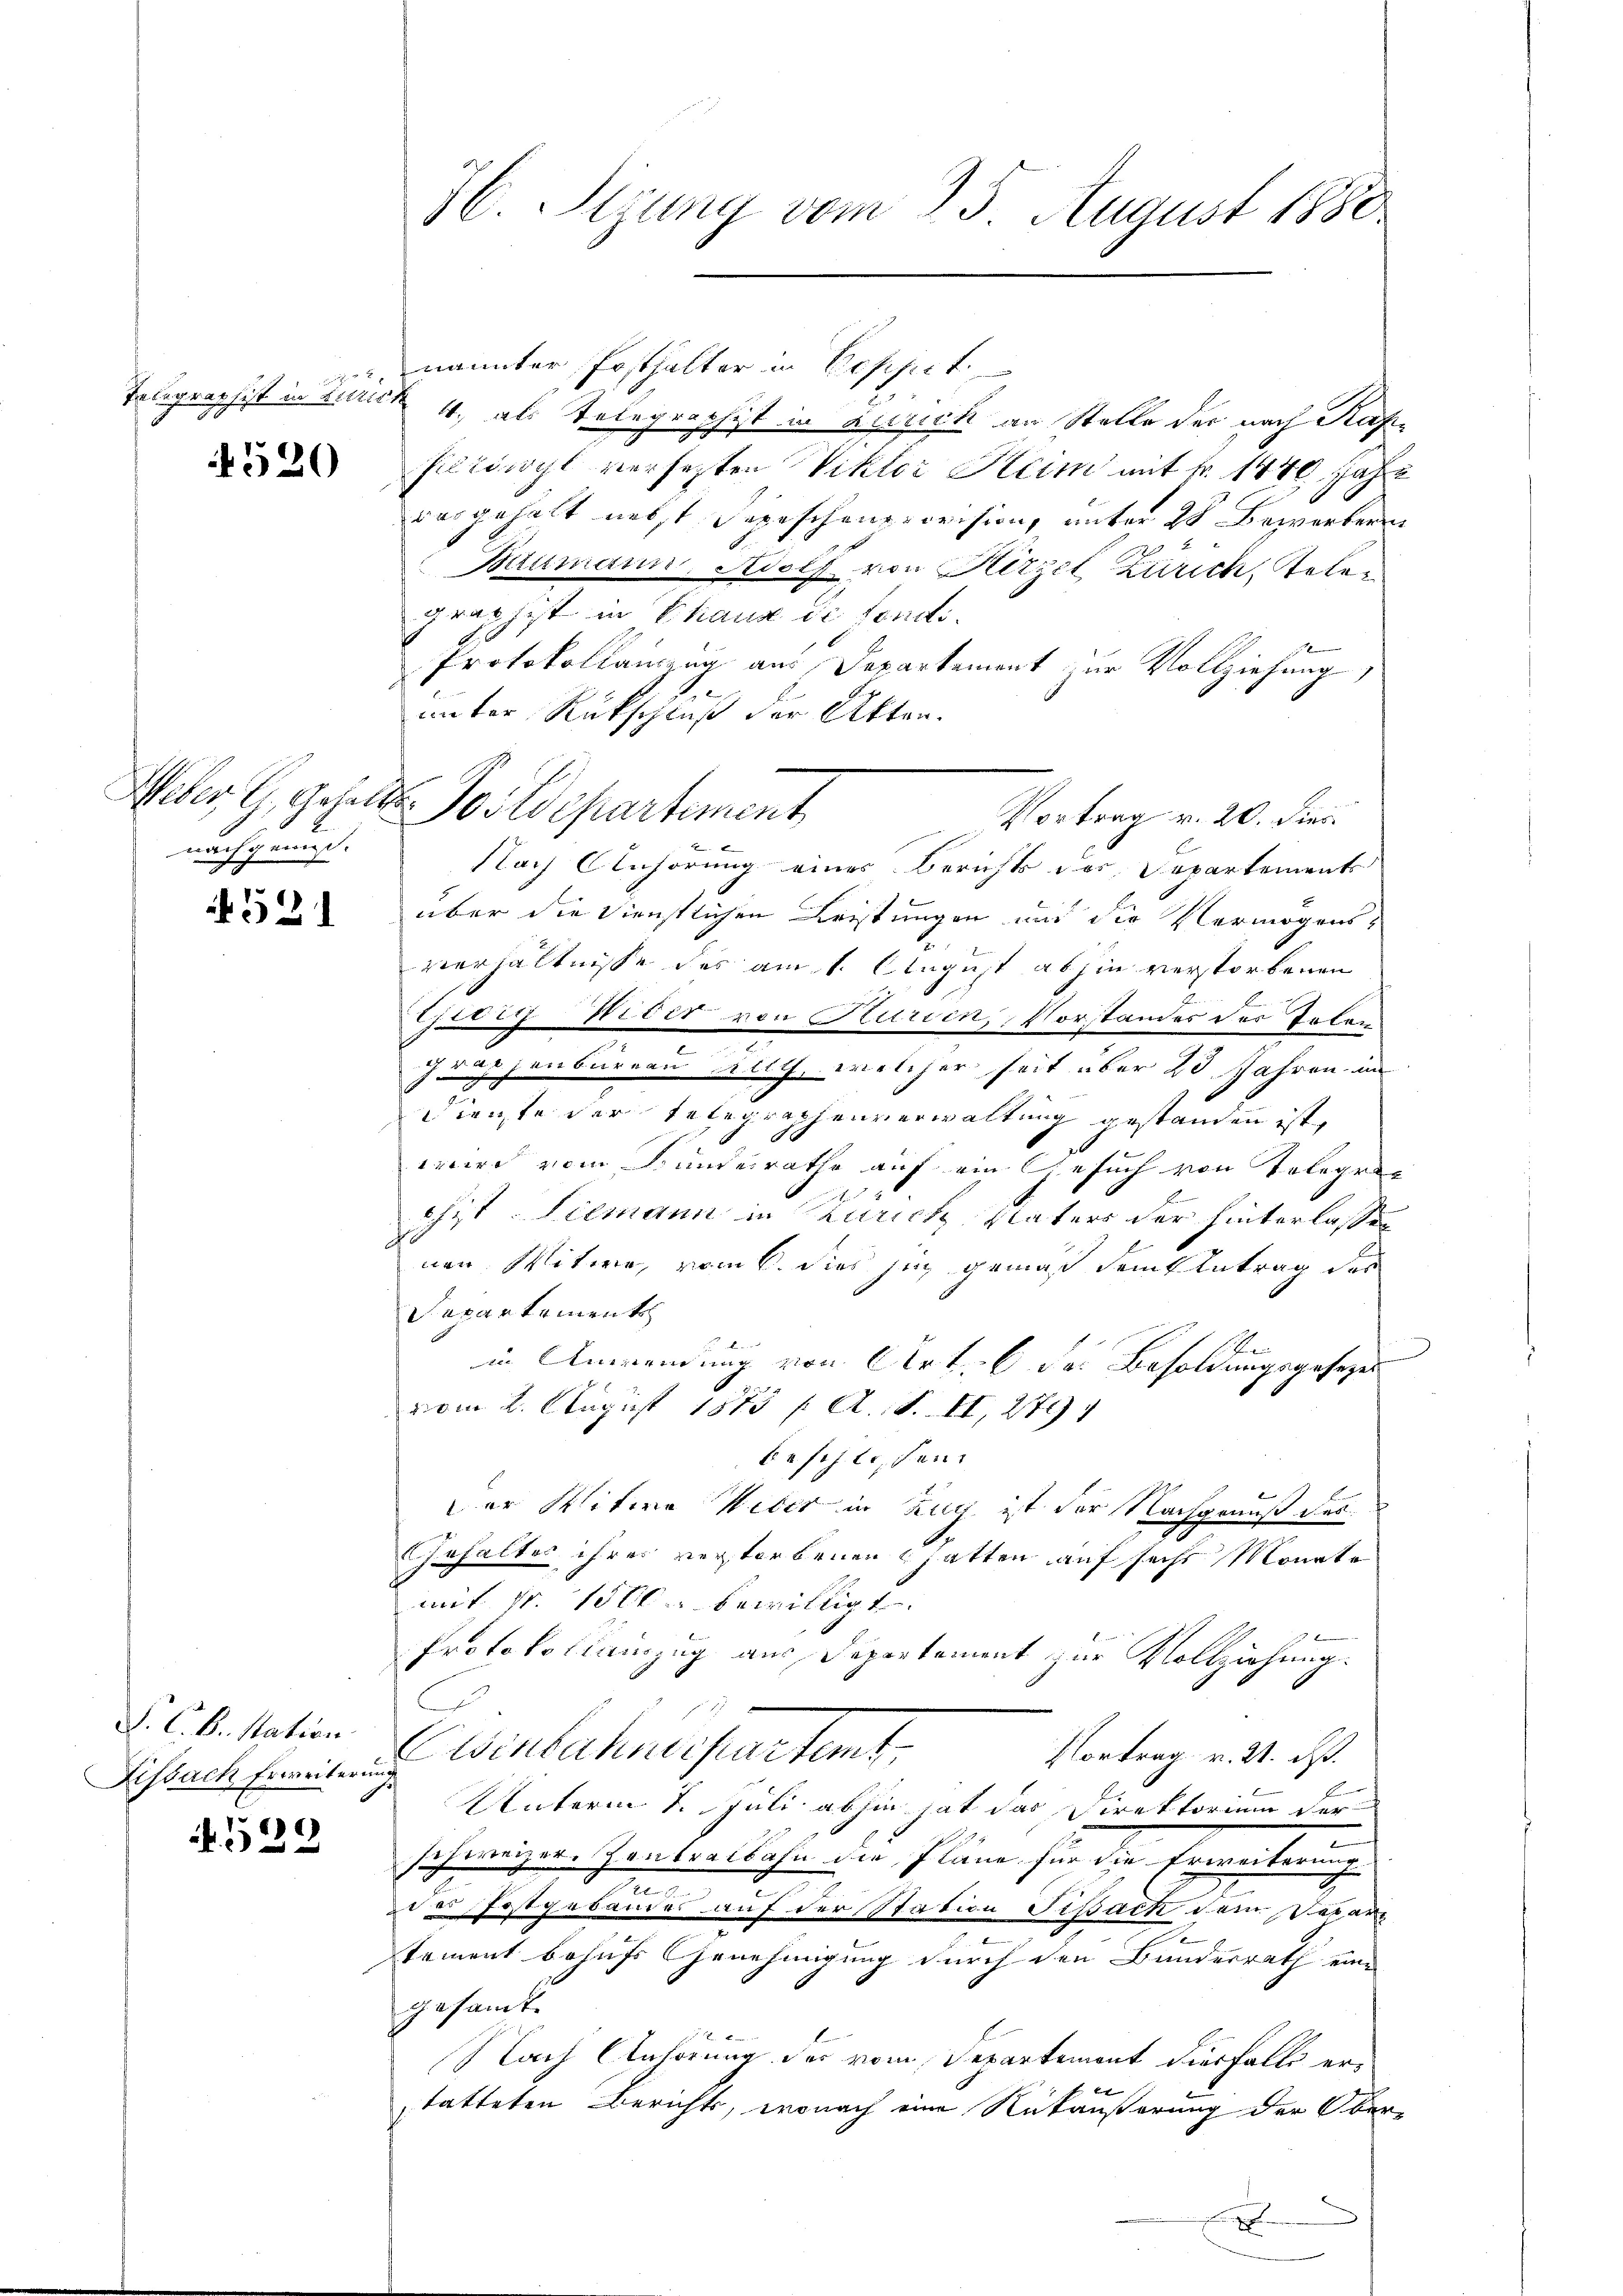
Telegraphist in Zürich

nachgenieß.

520

521

F. C. B. Station
Lissach Erweiterung

4.529

76. Sizung vom 25. August 1880.

4., als Telegraphist in ausrich an Stelle der nach Kaffillaricht versetzten Viktor Hum mit fr. 1440. Jahr
ausgehalt nebst Depeschenprovision, unter 20 Bewerberen
Baumann, Adolf von Hirzel Zürich, Telegraphist in Chaux de fondi¬
Protokollauszug aus Departement zur Vollziehung
unter Rückschluß der Akten.
Weber, G. Gehalte Postdepartement
Nach Anhörung eines Berichts des Departements
über die Dienstlichen Leistungen und die Vermögensverhältnisse des am 1. August abhin verstorbenen
jat Nidit von Kurien, Vorstandes des Toler
.
graphenbarern Rieth, welcher seit über 23 Jahren in
Dienste der Entegraphenverwaltung gestanden ist,
.
wird vom Bundesrathe auf ein Gesuch von Telegrachist Siemann in Karich Vaters der hinterlassen
s
nen Witwe, vom 6. dies Zug gemäß dem Eintrag des
Separtement
e
in Anwendung von Art. 6 des Besoldungsgesezes
vom 2. August 1875 /: A. S. II, 272)
beschlossen.
Der Witwe Weber in auch ist der Nachgenuß des
Gehaltes ihres verstorbenen hatten auf sechs Monate
mit Nr. 1500. bewilligt. |
Protokollanzug aus Departement zur Vollziehung.
e
Einbahnerpartent
Vortrag v. 21. ds.
Unterm 2. Juli abhin hat das Direktorium der
schweizer. Contralbahn die Pläne für die Erweiterung
v
des Postgebäudes auf der Station Tissach dem Depar¬
.
.
tement behufs Genehmigung durch den Bundesrath eine
gesandt.
Nach Anhörung des vom Departement diesfalls erf 20
tatteten Berichts, wonach eine Rutäußerung der Ober¬

nannter Posthalter in Poppet.

Vortrag v. 20. dies